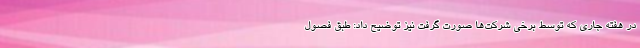
در هفته جاری که توسط برخی شرکت‌ها صورت گرفت نیز توضیح داد: طبق فصول